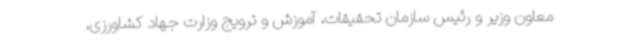
معاون وزیر و رئیس سازمان تحقیقات، آموزش و ترویج وزارت جهاد کشاورزی،